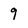
Character: 9